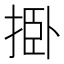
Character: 𰓺